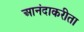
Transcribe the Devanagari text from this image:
आनंदाकरीता